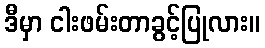
ဒီမှာ ငါးဖမ်းတာခွင့်ပြုလား။